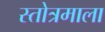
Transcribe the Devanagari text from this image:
स्तोत्रमाला